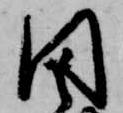
因